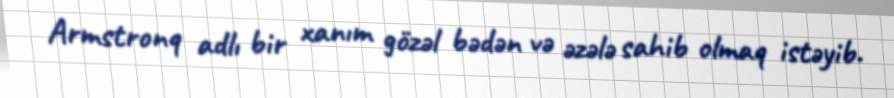
Armstronq adlı bir xanım gözəl bədən və əzələ sahib olmaq istəyib.